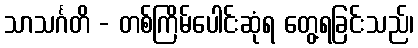
သာသင်္ဂတိ - တစ်ကြိမ်ပေါင်းဆုံရ တွေ့ရခြင်းသည်၊